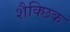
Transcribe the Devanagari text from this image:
शैक्छिक